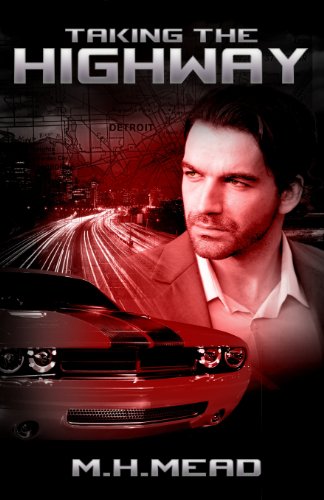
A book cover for Taking the Highway; M. H. Mead; Science Fiction & Fantasy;